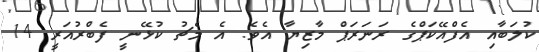
ކުލަބާއި އެފްއޭކަޕްގެ ރަނަރަޕް މާޒިޔާ އެވެ. އެ މެޗު ކުޅޭނީ ފެބްރުއަރީ 14